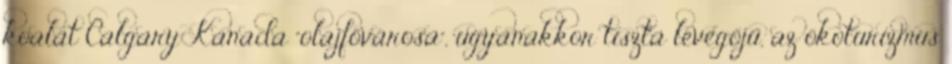
koalát Calgary Kanada "olajfővárosa", ugyanakkor tiszta levegőjű, az ökoturizmus